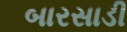
બારસાડી